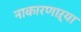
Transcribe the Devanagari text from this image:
नाकारणाऱ्या